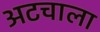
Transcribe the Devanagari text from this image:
अटचाला